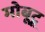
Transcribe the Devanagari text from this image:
मोबूटू